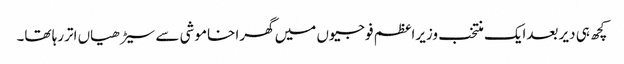
کچھ ہی دیر بعدایک منتخب وزیراعظم فوجیوں میں گھرا خاموشی سے سیڑھیاں اتررہا تھا۔